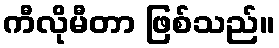
ကီလိုမီတာ ဖြစ်သည်။